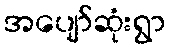
အပျော်ဆုံးရွာ